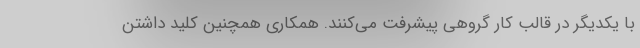
با یکدیگر در قالب کار گروهی پیشرفت می‌کنند. همکاری همچنین کلید داشتن